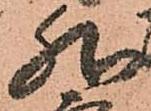
然